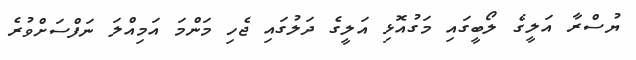
ޔުސްރާ އަލީގެ ލޯބީގައި މަގުއޮޅި އަލީގެ ދަލުގައި ޖެހި މަންމަ އަމިއްލަ ނަފްސަށްވުރެ